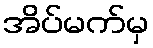
အိပ်မက်မှ